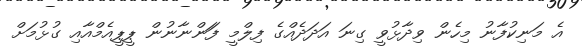
އެ މަނިކުފާނު މިހެން ވިދާޅުވީ ގިނަ އަދަދެއްގެ ފިލްމީ ފަަންނާނުން ޕީޕީއެމްއާއި ގުޅުމަށް